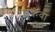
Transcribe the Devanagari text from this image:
शुक्रवा